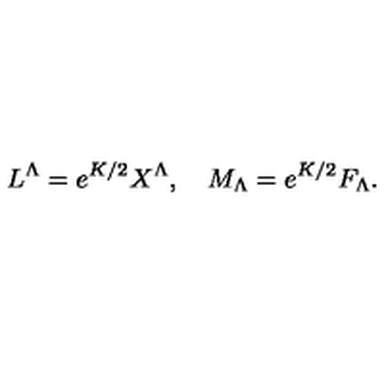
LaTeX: L ^ { \Lambda } = e ^ { K / 2 } X ^ { \Lambda } , \quad M _ { \Lambda } = e ^ { K / 2 } F _ { \Lambda } .